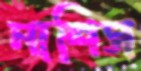
নাশিস